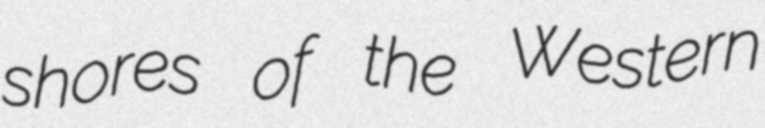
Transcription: shores of the Western